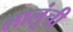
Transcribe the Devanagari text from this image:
लालूंची